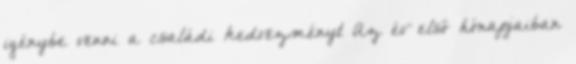
igénybe venni a családi kedvezményt Az év első hónapjaiban